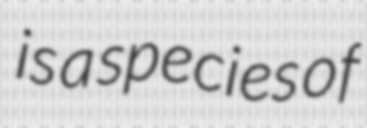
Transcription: is a species of